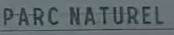
PARC NATUREL